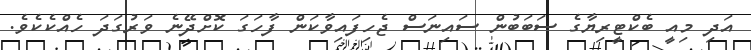
އަދި މިއީ ބެކްޓީރިޔާގެ ސަބަބުން ސައިނަސް ޖެހިފައިވާކަން ފާހަގަ ކޮށްދޭނެ ވަރުގަދަ ހެއްކެކެވެ.